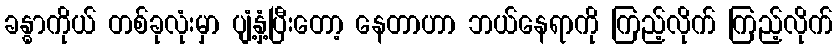
ခန္ဓာကိုယ် တစ်ခုလုံးမှာ ပျံ့နှံ့ပြီးတော့ နေတာဟာ ဘယ်နေရာကို ကြည့်လိုက် ကြည့်လိုက်